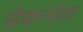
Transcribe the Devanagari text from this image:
सेकनोल